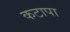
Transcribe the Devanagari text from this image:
कटापा